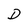
Character: D